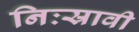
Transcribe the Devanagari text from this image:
निःस्रावी